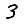
Digit: 3